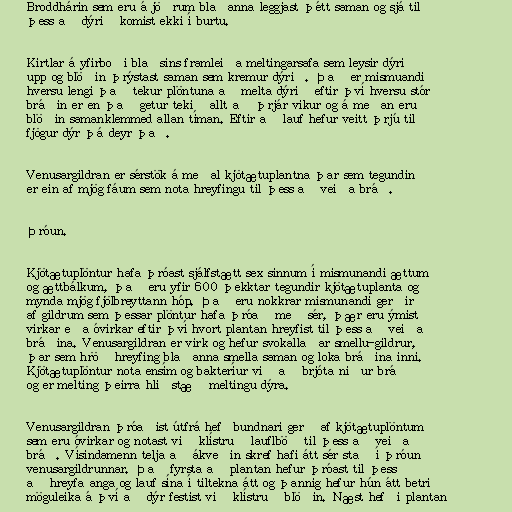
Broddhárin sem eru á jöðrum blaðanna leggjast þétt saman og sjá til
þess að dýrið komist ekki í burtu.

Kirtlar á yfirboði blaðsins framleiða meltingarsafa sem leysir dýrið
upp og blöðin þrýstast saman sem kremur dýrið. Það er mismuandi
hversu lengi það tekur plöntuna að melta dýrið eftir því hversu stór
bráðin er en það getur tekið allt að þrjár vikur og á meðan eru
blöðin samanklemmed allan tíman. Eftir að lauf hefur veitt þrjú til
fjögur dýr þá deyr það.

Venusargildran er sérstök á meðal kjötætuplantna þar sem tegundin
er ein af mjög fáum sem nota hreyfingu til þess að veiða bráð.

Þróun.

Kjötætuplöntur hafa þróast sjálfstætt sex sinnum í mismunandi ættum
og ættbálkum, það eru yfir 600 þekktar tegundir kjötætuplanta og
mynda mjög fjölbreyttann hóp. Það eru nokkrar mismunandi gerðir
af gildrum sem þessar plöntur hafa þróað með sér, þær eru ýmist
virkar eða óvirkar eftir því hvort plantan hreyfist til þess að veiða
bráðina. Venusargildran er virk og hefur svokallaðar smellu-gildrur,
þar sem hröð hreyfing blaðanna smella saman og loka bráðina inni.
Kjötætuplöntur nota ensím og bakteríur við að brjóta niður bráð
og er melting þeirra hliðstæð meltingu dýra.

Venusargildran þróaðist útfrá hefðbundnari gerð af kjötætuplöntum
sem eru óvirkar og notast við klístruð lauflböð til þess að veiða
bráð. Vísindamenn telja að ákveðin skref hafi átt sér stað í þróun
venusargildrunnar. Það fyrsta að plantan hefur þróast til þess
að hreyfa anga og lauf sína í tiltekna átt og þannig hefur hún átt betri
möguleika á því að dýr festist við klístruð blöðin. Næst hefði plantan